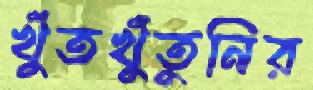
খুঁতখুঁতুনির